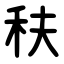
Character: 䄮